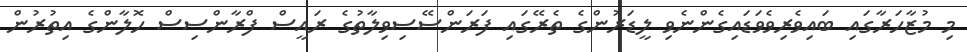
މި މުޒާހަރާގައި ބައިވެރިވެވަޑައިގެންނެވި ލީޑަރުންގެ ތެރޭގައި ފަރަންސޭސިވިލާތުގެ ރައީސް ފްރާންސިސް ހޮލާންގެ އިތުރުން